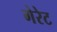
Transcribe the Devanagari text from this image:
गेरेट